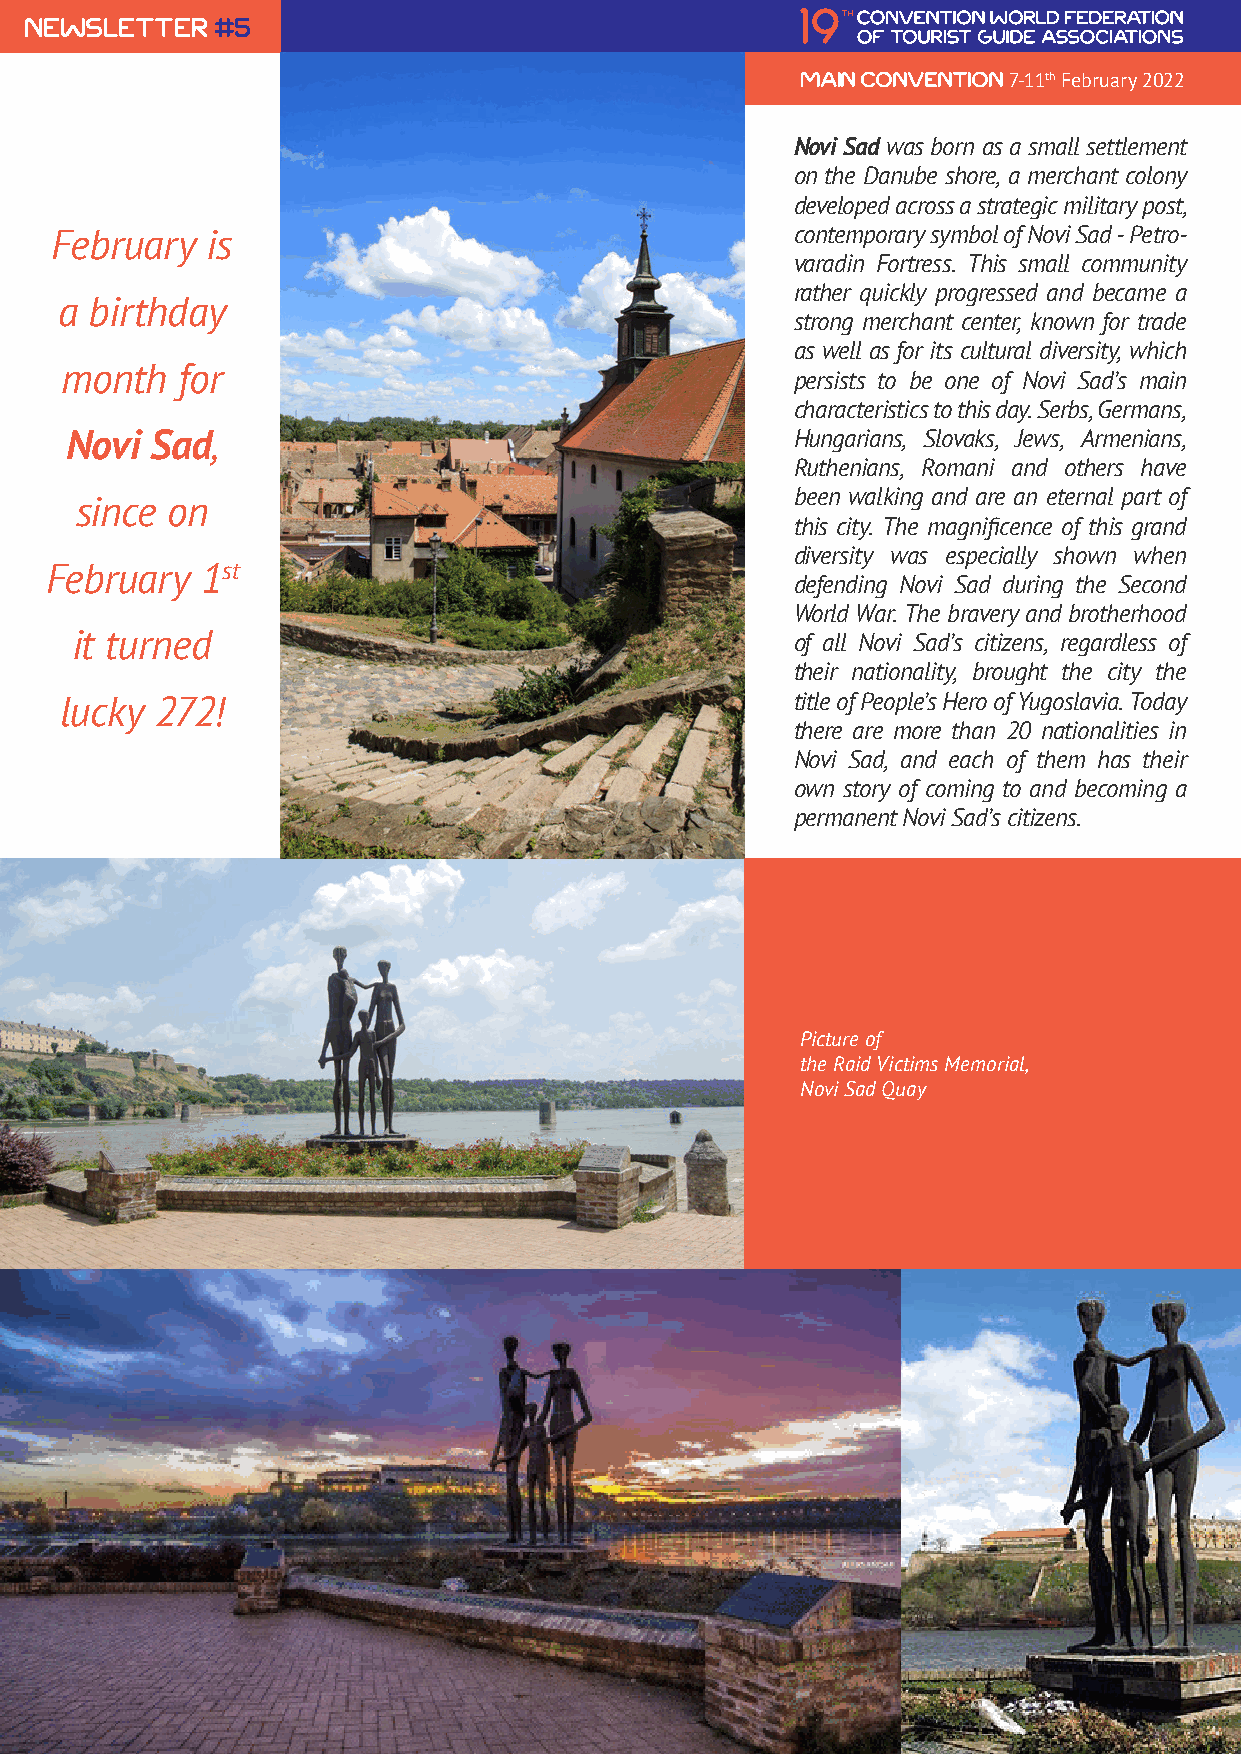
newsletter  #5
 ain Convention 7-11th February 2022
 Novi Sad was born as a small settlement
 on the Danube shore, a merchant colony
 developed across a strategic military post,
 February   is                                     contemporary symbol of Novi Sad - Petro-
 varadin Fortress. This small community
 rather quickly progressed and became a
 a birthday
 strong merchant center, known for trade
 as well as for its cultural diversity, which
 month   for
 persists to be one of Novi Sad’s main
 characteristics to this day. Serbs, Germans,
 Novi  Sad,                                       Hungarians, Slovaks, Jews, Armenians,
 Ruthenians, Romani and others have
 been walking and are an eternal part of
 since on
 this city. The magnificence of this grand
 diversity was especially shown when
 February  1st
 defending Novi Sad during the Second
 World War. The bravery and brotherhood
 it turned                                       of all Novi Sad’s citizens, regardless of
 their nationality, brought the city the
 lucky 272!                                       title of People’s Hero of Yugoslavia. Today
 there are more than 20 nationalities in
 Novi Sad, and each of them has their
 own story of coming to and becoming a
 permanent Novi Sad’s citizens.
 Picture of
 the Raid Victims Memorial,
 Novi Sad Quay